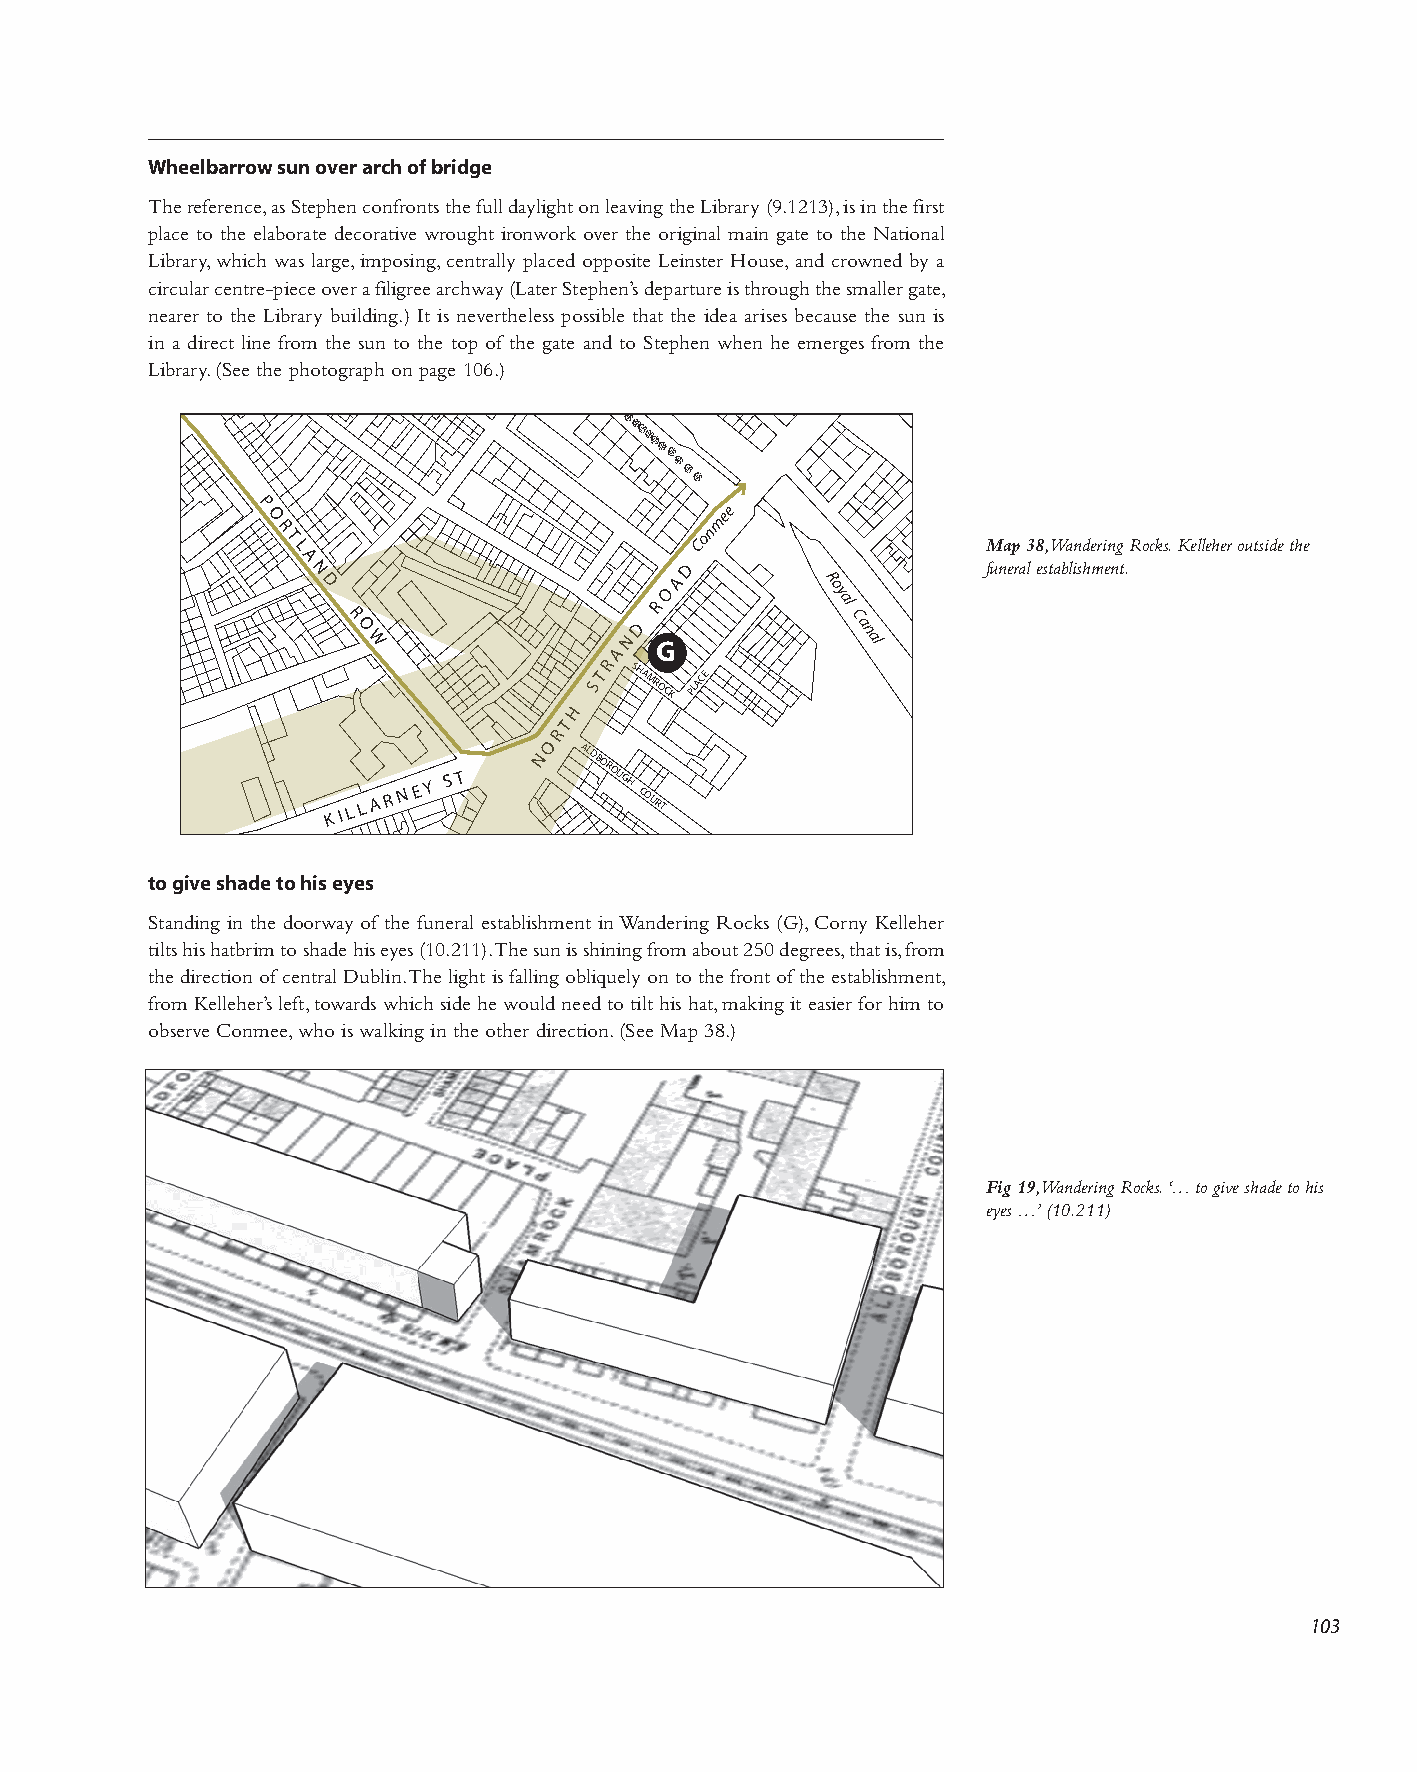
Wheelbarrow sun over arch of bridge
 The reference, as Stephen confronts the full daylight on leaving the Library (9.1213), is in the first
 place to the elaborate decorative wrought ironwork over the original main gate to the National
 R I C H M O N D
 P L A C E
 L c ni ei rb acr rua elr ray r,
 t
 ocw e th n hi t ec re h L- pw ibiea rs ac rel ya o r bg ve ue, r
 i
 li a dm if nip l gio g .s )ri en Ie tg , a
 i
 src ce nhn ewt vr eaa y rll
 t
 y h(L ep a lel ta e sc sr e pSd ot eo sp sp ih bp e lo ens ’i tst
 h
 e d
 a
 e tL pe ta hi rn etus t ire der
 e
 i aH s ato h ru ir sos ee u s, g ba hn
 e
 d cth
 a
 uc er sso emw ta hn l ele e d r
 s
 ugb nay t e ia s,
 in a direct line from the sun to the top of the gate and to Stephen when he emerges from the
 Library. (See the photograph on page 106.)
 P
 O
 mee
 R
 T
 L
 Con
 Map 38, Wandering Rocks. Kelleher outside the
 A N
 D
 R
 O W
 A
 N D
 R
 GO A
 D
 R oy
 al
 C
 a n al
 funeral establishment.
 R
 H
 S
 T  SHAMROCK PLACE
 T
 R
 O
 K I L L A R N E Y
 S T
 N
 ALDBOROUGH
 COURT
 to give shade to his eyes
 Standing in the doorway of the funeral establishment in Wandering Rocks (G), Corny Kelleher
 tilts his hatbrim to shade his eyes (10.211). The sun is shining from about 250 degrees, that is, from
 the direction of central Dublin. The light is falling obliquely on to the front of the establishment,
 from Kelleher’s left, towards which side he would need to tilt his hat, making it easier for him to
 observe Conmee, who is walking in the other direction. (See Map 38.)
 Fig 19, Wandering Rocks. ‘… to give shade to his
 eyes …’ (10.211)
 103